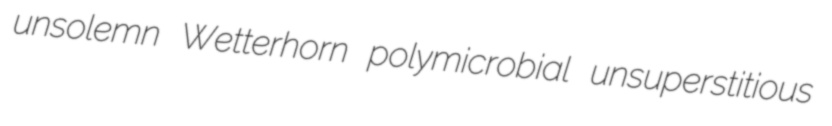
unsolemn Wetterhorn polymicrobial unsuperstitious